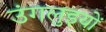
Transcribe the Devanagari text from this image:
उंगलुइयों